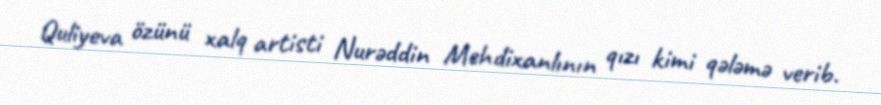
Quliyeva özünü xalq artisti Nurəddin Mehdixanlının qızı kimi qələmə verib.